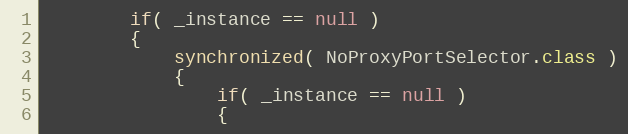
Language: Java
        if( _instance == null )
        {
            synchronized( NoProxyPortSelector.class )
            {
                if( _instance == null )
                {